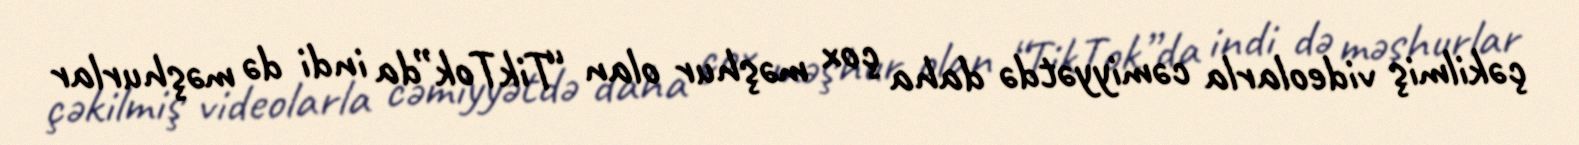
çəkilmiş videolarla cəmiyyətdə daha çox məşhur olan “TikTok”da indi də məşhurlar